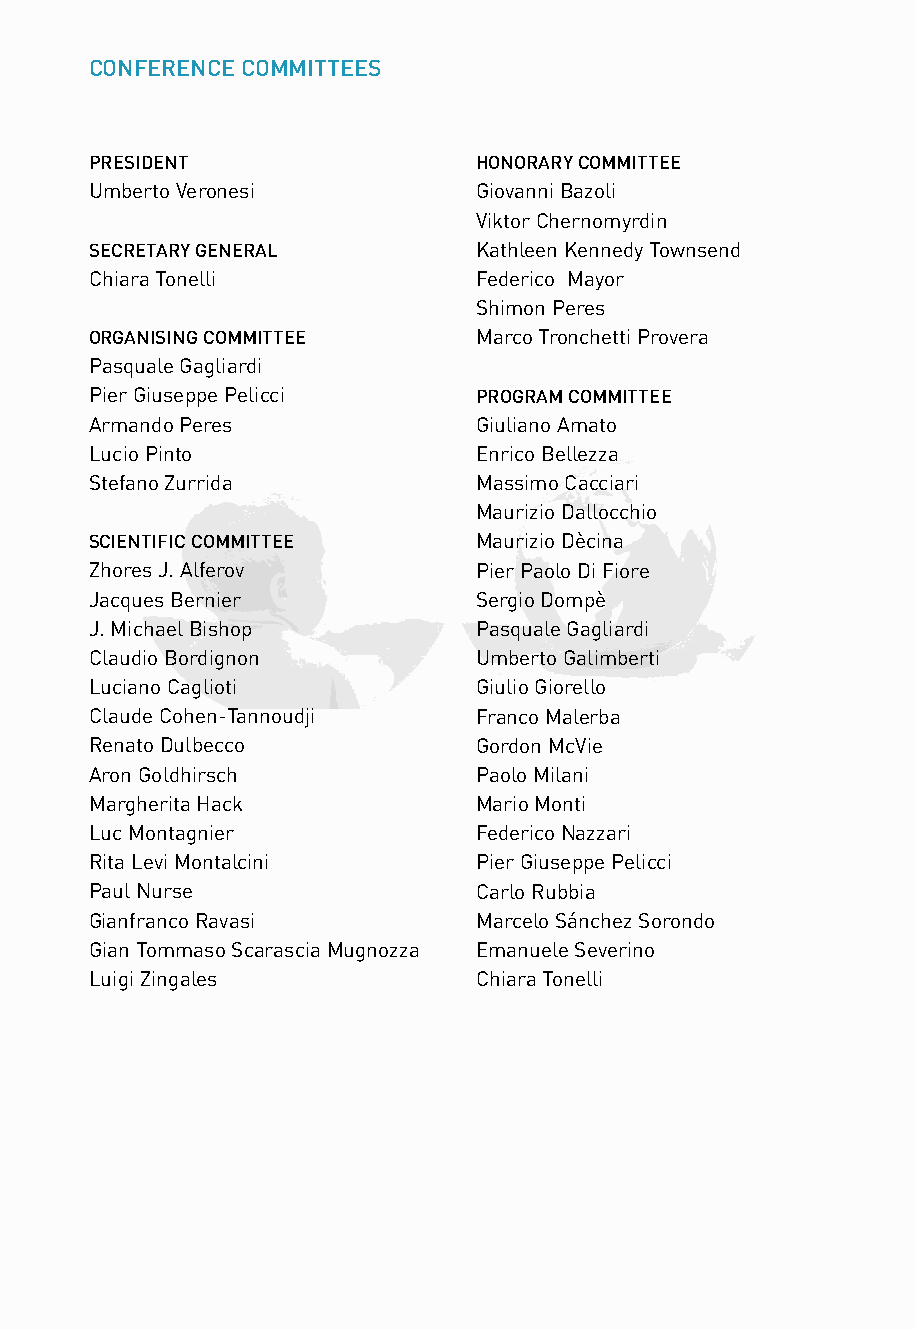
CONFERENCE COMMITTEES                                        CONFERENCE AT A GLANCE
 PRESIDENT                HONORARY COMMITTEE                  TUESDAY    WEDNESDAY   THURSDAY      FRIDAY
 Umberto Veronesi         Giovanni Bazoli                     Sept. 20th Sept. 21st  Sept. 22nd    Sept. 23rd
 Viktor Chernomyrdin
 SECRETARY GENERAL        Kathleen Kennedy Townsend
 Science and Values The Impact of Science Science and Powers
 Chiara Tonelli           Federico Mayor                                             on Human Life
 Shimon Peres
 ORGANISING COMMITTEE     Marco Tronchetti Provera                       9.00 a.m.- 1.00 p.m. 9.00 a.m.- 1.00 p.m. 9.00 a.m.- 1.00 p.m.
 Plenary Session Parallel Sessions Plenary Sessions
 Pasquale Gagliardi
 Pier Giuseppe Pelicci    PROGRAM COMMITTEE                              1.00 p.m.- 1.30 p.m. 1.00 p.m.- 1.30 p.m. 1.00 p.m.- 1.30 p.m.
 Press Conference Press Conference Press Conference
 Armando Peres            Giuliano Amato
 Lucio Pinto              Enrico Bellezza                                1.00 p.m.- 2.00 p.m. 1.00 p.m.- 2.00 p.m. 1.00 p.m.- 2.00 p.m.
 Lunch       Lunch         Lunch
 Stefano Zurrida          Massimo Cacciari
 Maurizio Dallocchio                 2.00 p.m.- 5.30 p.m. 2.00 p.m.- 6.30 p.m. 2.00 p.m.- 4.30 p.m. 2.00 p.m.- 5.00 p.m.
 Registration Desk Plenary Sessions Parallel Sessions Plenary Session
 SCIENTIFIC COMMITTEE     Maurizio Dècina
 Zhores J. Alferov        Pier Paolo Di Fiore                 6.30 p.m.- 8.00 p.m.   5.00 p.m.- 6.00 p.m. 5.00 p.m.- 6.00 p.m.
 Opening Ceremony       Round Tables  Closure
 Jacques Bernier          Sergio Dompè
 J. Michael Bishop        Pasquale Gagliardi                  8.00 p.m.- 9.30 p.m.   8.00 p.m.     6.00 p.m.
 Welcome Dinner         Concert Teatro La Fenice Farewell Cocktail
 Claudio Bordignon        Umberto Galimberti
 Luciano Caglioti         Giulio Giorello
 Claude Cohen-Tannoudji   Franco Malerba
 Renato Dulbecco          Gordon McVie
 Aron Goldhirsch          Paolo Milani
 Margherita Hack          Mario Monti
 Luc Montagnier           Federico Nazzari                   Conference Secretariat: Rita De Martini, Lavinia Galli
 Rita Levi Montalcini     Pier Giuseppe Pelicci              Hospitality Desk in Venice: Tel. +39 340 7171248
 Paul Nurse               Carlo Rubbia
 Gianfranco Ravasi        Marcelo Sánchez Sorondo
 Please visit www.veniceconference2005.orgfor the updated details of the program.
 Gian Tommaso Scarascia Mugnozza Emanuele Severino
 Luigi Zingales           Chiara Tonelli